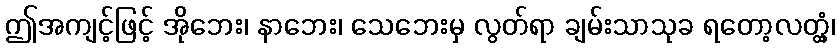
ဤအကျင့်ဖြင့် အိုဘေး၊ နာဘေး၊ သေဘေးမှ လွတ်ရာ ချမ်းသာသုခ ရတော့လတ္တံ့၊